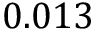
0 . 0 1 3